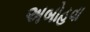
અબોહવા